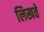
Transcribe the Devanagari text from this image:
लिखते